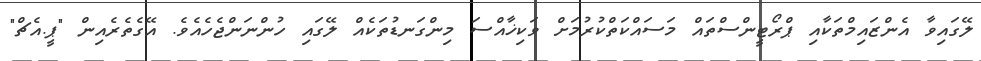
ލޭގައިވާ އެންޒައިމްތަކާއި ޕްރޯޓީންސްތައް މަސައްކަތްކުރުމަށް ވަކިޚާއްސަ މިންގަނޑުތަކެއް ލޭގައި ހުންނަންޖެހެއެވެ. އޭގެތެރެއިން "ޕީ.އެޗް"